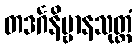
တဒင်္ဂနိဗ္ဗာနသုတ္တံ